Report on lock hospitals in British Burma
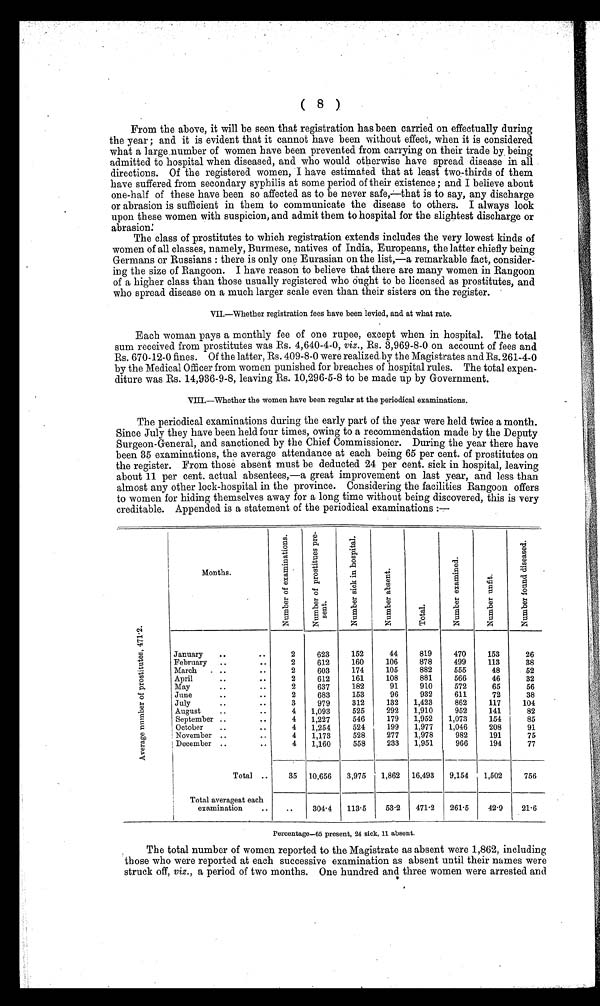
( 8 )
From the above, it will be seen that registration has been carried on effectually during
the year ; and it is evident that it cannot have been without effect, when it is considered
what a large number of women have been prevented from carrying on their trade by being
admitted to hospital when diseased, and who would otherwise have spread disease in all
directions. Of the registered women, I have estimated that at least two-thirds of them
have suffered from secondary syphilis at some period of their existence ; and I believe about
one-half of these have been so affected as to be never safe,—that is to say, any discharge
or abrasion is sufficient in them to communicate the disease to others. I always look
upon these women with suspicion, and admit them to hospital for the slightest discharge or
abrasion.
The class of prostitutes to which registration extends includes the very lowest kinds of
women of all classes, namely, Burmese, natives of India, Europeans, the latter chiefly being
Germans or Russians : there is only one Eurasian on the list,—a remarkable fact, consider-
ing the size of Rangoon. I have reason to believe that there are many women in Rangoon
of a higher class than those usually registered who Ought to be licensed as prostitutes, and
who spread disease on a much larger scale even than their sisters on the register.
VII.—Whether registration fees have been levied, and at what rate.
Each woman pays a monthly fee of one rupee, except when in hospital. The total
sum received from prostitutes was Rs. 4,640-4-0, viz., Rs. 3,969-8-0 on account of fees and
Rs. 670-12-0 fines. Of the latter, Rs. 409-8-0 were realized by the Magistrates and Rs. 261-4-0
by the Medical Officer from women punished for breaches of hospital rules. The total expen-
diture was Rs. 14,936-9-8, leaving Rs. 10,296-5-8 to be made up by Government.
VIII.—Whether the women have been regular at the periodical examinations.
The periodical examinations during the early part of the year were held twice a month.
Since July they have been held four times, owing to a recommendation made by the Deputy
Surgeon-General, and sanctioned by the Chief Commissioner. During the year there have
been 35 examinations, the average attendance at each being 65 per cent. of prostitutes on
the register. From those absent must be deducted 24 per cent. sick in hospital, leaving
about 11 per cent. actual absentees,—a great improvement on last year, and less than
almost any other lock-hospital in the province. Considering the facilities Rangoon offers
to women for hiding themselves away for a long time without being discovered, this is very
creditable. Appended is a statement of the periodical examinations :—
A v e r a g e n u m b e r o f p r o s t i t u t e s , 4 7 1 · 2 .
Months.
N u m b e r o f e x a m i n a t i o n s .
N u m b e r o f p r o s t i t u e s p r e - s e n t .
N u m b e r s i c k i n h o s p i t a l .
N u m b e r a b s e n t .
T o t a l .
N u m b e r e x a m i n e d .
N u m b e r u n f i t .
N u m b e r f o u n d d i s e a s e d .
January
..
..
2
623
152
44
819
470
153
26
February
..
. .
2
612
160
106
878
499
113
38
March
..
..
2
603
174
105
882
555
48
52
April
.. ..
2
612
161
108
881
566
46
32
May
..
..
2
637
182
91
910
572
65
56
June
..
..
2
683
153
96
932
611
72
38
July
..
..
3
979
312
132
1,423
862
117
104
.
August
..
. .
4
1,093
525
292
1,910
952
141
82
September ..
..
4
1,227
546
179
1,952
1,073
154
85
October
..
. .
4
1,254
524
199
1,977
1,046
208
91
November ..
..
4
1,173
528
277
1,978
982
191
75
December ..
..
4
1,160
558
233
1,951
966
194
77
Total ..
35
10,656
3,975
1,862
16,493
9,154
1,502
756
Total averageat each
examination
..
..
304.4
113 . 5
53
.2
471 . 2
261
.5
42.9
21.6
Percentage-65 present, 24 sick, 11 absent.
The total number of women reported to the Magistrate as absent were 1,862, including
those who were reported at each successive examination as absent until their names were
struck off, viz., a period of two months. One hundred and three women werse arrested and